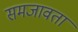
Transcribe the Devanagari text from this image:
समजावता